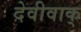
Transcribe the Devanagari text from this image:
देवीवाक्‌